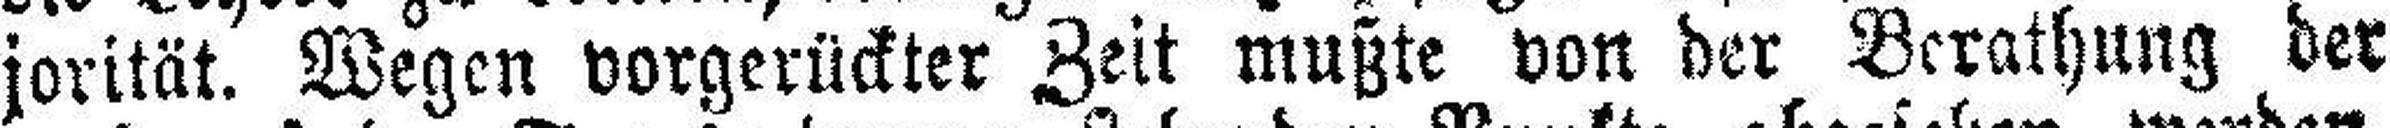
jorität. Wegen vorgerückter Zeit mußte von der Berathung der